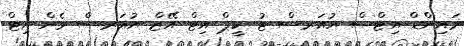
މައިންޑް އިޓްސް ޔުއަރސް ޓު ކީޕް އިޓް އޭޒް ޔުއަރސް ވެން އިޓް